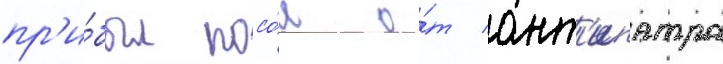
пр'и́был посо́л о́т ант'ипатра